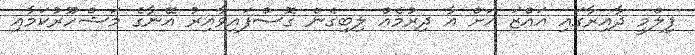
ފިލްމީ ދާއިރާގައި އައްޒަ އަށް އާ ދިރުމެއް ލިބިގެން ގޮސްފައިވާއިރު އޭނާގެ މަޝްހޫރުކަމާއި